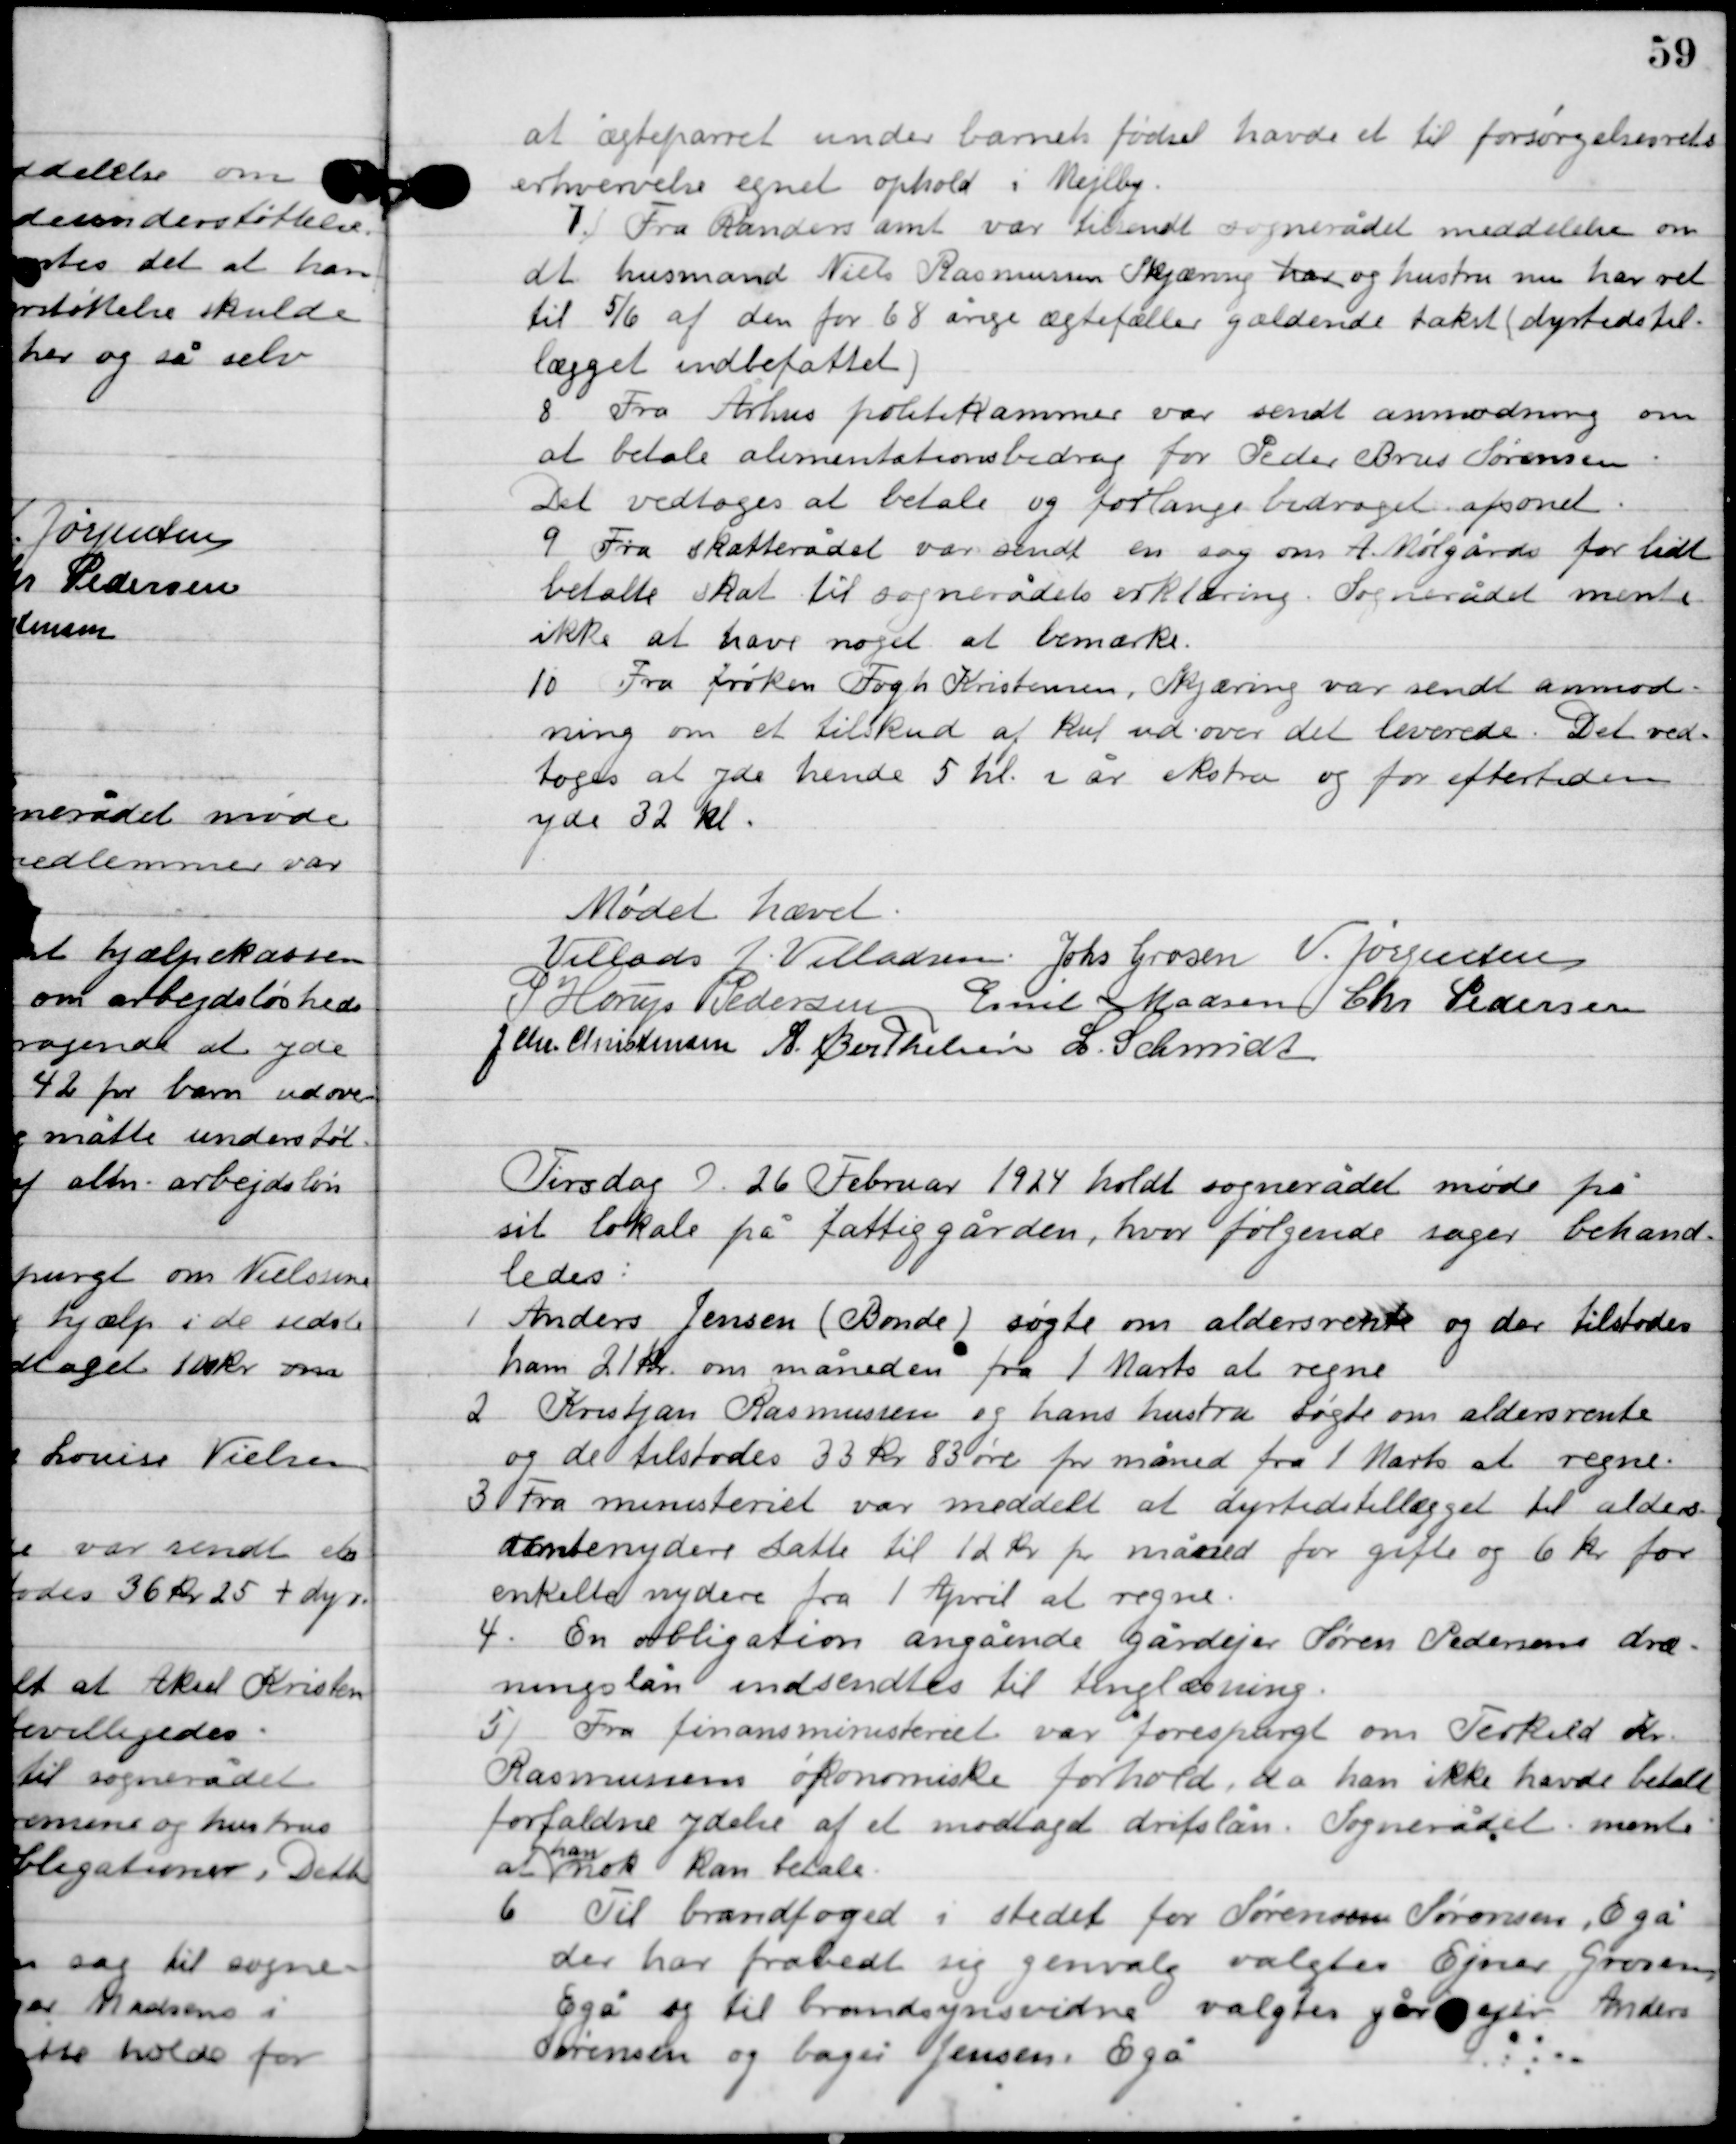
Transskription:
at ægteparret under barnets fødsel havde et til forsørgelsesrets
erhvervelse egnet ophold i Mejlby.

7

Fra Randers amt var tilsendt sognerådet meddelelse om 
det husmand Niels Rasmussen Skjæring har og hustru nu har ret 
til 5/6 af den for 68 årige ægtefæller gældende takst (dyrtidstil-
lægget indbefattet).

8

Fra Århus politikammer var sendt anmodning om
at betale alimentationsbidrag for Peder Brus Sørensen.
Det vedtoges at betale og forlange bidraget afsonet.

9

Fra skatterådet var sendt en sag om A. Mølgårds for lidt
betalte skat til sognerådets erklæring. sognerådet mente
ikke at have noget at bemærke.

10

Fra frøken Fogh Kristensen, Skjæirng var sendt anmod-
ning om et tilskud af kul ud over det leverede. Det ved-
toges at yde hende 5 hl. I år ekstra og for eftertiden
yde 32 hl.

Mødet hævet

Villads J. Villadsen
Johs. Grosen
V. Jørgensen
P. Horup Pedersen
Emil Madsen
Chr. Pedersen
L. Schmidt
A. Berthelsen
J. Chr. Christensen

Tirsdag D. 26. februar 1924 holdt sognerådet møde på
sit lokale på fattiggården, hvor følgende sager behand-
ledes.

1

Anders Jensen (Bonde) søgte om aldersrente og der tilstodes
ham 21 kr. om måneden fra 1. Marts at regne.

2

Kristjan Rasmussen og hans hustru søgte om aldersrente
og de tilstodes 33 kr. 83 øre pr. måned fra 1. Marts at regne.

3

Fra ministeriet var meddelt at dyrtidstillægget til alders –
renteyderes satte til 12 kr. pr. måned for gifte og 6 kr. for
enkelte nydere fra 1. April at regne.

4

En obligation angående gårdejer Søren Pedersens dræ-
ningslån indsendtes til tinglæsning.

5

Fra finansministeriet var forespurgt om Terkild Kr.
Rasmussens økonomiske forhold, da han ikke havde betalt
forfaldne ydelse af et modtaget driftslån. Sognerådet mente
at
han
nok kan betale.

6

Til brandfoged i stedet for Søren Sørensen, Egå 
der har frabedt sig genvalg valgtes Ejnar Grosen, 
Egå og til brandsynsvidne valgtes gårejer Anders 
Sørensen og bager Jensen, Egå.